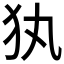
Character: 犱